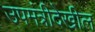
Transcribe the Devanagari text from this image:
उपमंत्रीदेखील